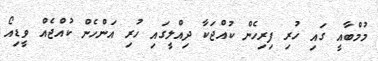
މުމްބާއީ ގައި ހުރި ފިރިހެން ކުއްޖަކާ ދިއްލީގައި ހުރި އަންހެން ކުއްޖެއް ވީޑިއޯ